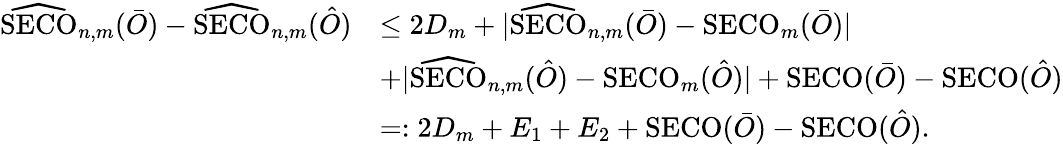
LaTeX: \begin{array}{rl}{\widehat{\mathrm{SECO}}_{n,m}(\bar{O})-\widehat{\mathrm{SECO}}_{n,m}(\hat{O})}&{\leq 2D_{m}+|\widehat{\mathrm{SECO}}_{n,m}(\bar{O})-\mathrm{SECO}_{m}(\bar{O})|}\\ &{+|\widehat{\mathrm{SECO}}_{n,m}(\hat{O})-\mathrm{SECO}_{m}(\hat{O})|+\mathrm{SECO}(\bar{O})-\mathrm{SECO}(\hat{O})}\\ &{=:2D_{m}+E_{1}+E_{2}+\mathrm{SECO}(\bar{O})-\mathrm{SECO}(\hat{O}).}\end{array}